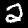
Digit: 2